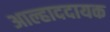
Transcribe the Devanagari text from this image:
अाल्हाददायक